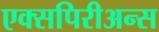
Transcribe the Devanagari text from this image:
एक्सपिरीअन्स